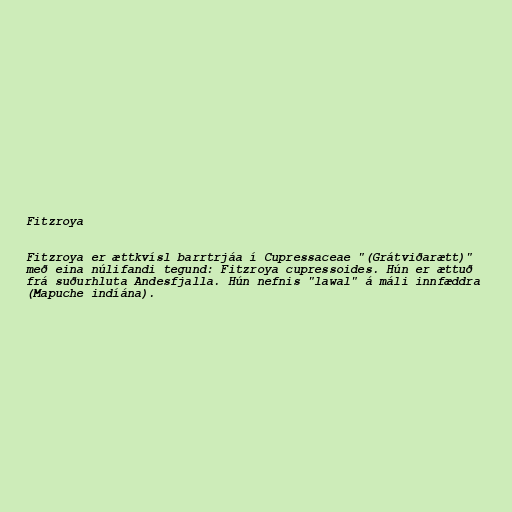
Fitzroya

Fitzroya er ættkvísl barrtrjáa í Cupressaceae "(Grátviðarætt)"
með eina núlifandi tegund: Fitzroya cupressoides. Hún er ættuð
frá suðurhluta Andesfjalla. Hún nefnis "lawal" á máli innfæddra
(Mapuche indíána).